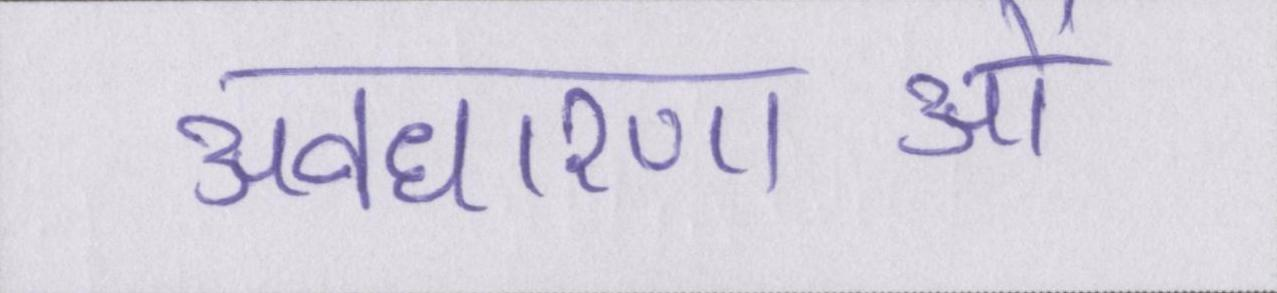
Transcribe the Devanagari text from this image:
अवधारणाओं